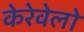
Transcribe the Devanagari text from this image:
केरेवेलो